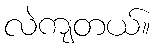
လဲကျတယ်။